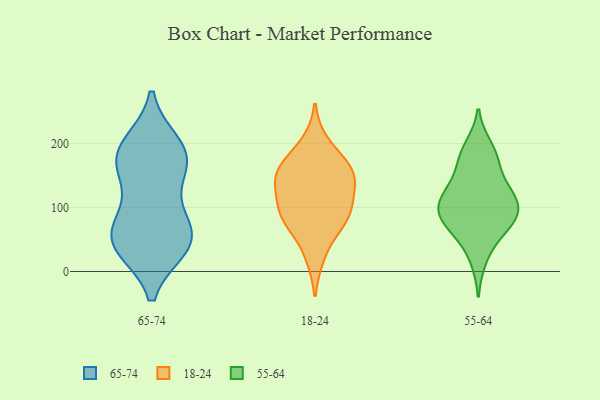
{"axis": {"x": "Customer Acquisition Cost (USD)", "y": "Value"}, "legend": ["18-24", "55-64", "65-74"], "data": [{"x": "", "y": 151, "type": "65-74"}, {"x": "", "y": 41, "type": "65-74"}, {"x": "", "y": 198, "type": "65-74"}, {"x": "", "y": 183, "type": "65-74"}, {"x": "", "y": 158, "type": "65-74"}, {"x": "", "y": 38, "type": "65-74"}, {"x": "", "y": 89, "type": "65-74"}, {"x": "", "y": 38, "type": "65-74"}, {"x": "", "y": 73, "type": "65-74"}, {"x": "", "y": 59, "type": "65-74"}, {"x": "", "y": 191, "type": "65-74"}, {"x": "", "y": 49, "type": "65-74"}, {"x": "", "y": 179, "type": "65-74"}, {"x": "", "y": 149, "type": "18-24"}, {"x": "", "y": 117, "type": "18-24"}, {"x": "", "y": 90, "type": "18-24"}, {"x": "", "y": 157, "type": "18-24"}, {"x": "", "y": 89, "type": "18-24"}, {"x": "", "y": 86, "type": "18-24"}, {"x": "", "y": 158, "type": "18-24"}, {"x": "", "y": 162, "type": "18-24"}, {"x": "", "y": 25, "type": "18-24"}, {"x": "", "y": 73, "type": "18-24"}, {"x": "", "y": 135, "type": "18-24"}, {"x": "", "y": 199, "type": "18-24"}, {"x": "", "y": 117, "type": "55-64"}, {"x": "", "y": 181, "type": "55-64"}, {"x": "", "y": 96, "type": "55-64"}, {"x": "", "y": 58, "type": "55-64"}, {"x": "", "y": 109, "type": "55-64"}, {"x": "", "y": 86, "type": "55-64"}, {"x": "", "y": 120, "type": "55-64"}, {"x": "", "y": 175, "type": "55-64"}, {"x": "", "y": 20, "type": "55-64"}, {"x": "", "y": 120, "type": "55-64"}, {"x": "", "y": 194, "type": "55-64"}, {"x": "", "y": 72, "type": "55-64"}, {"x": "", "y": 91, "type": "55-64"}, {"x": "", "y": 150, "type": "55-64"}, {"x": "", "y": 75, "type": "55-64"}]}